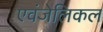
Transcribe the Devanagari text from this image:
एवंजेलिकल